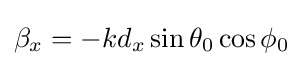
\beta _{x}=-kd_{x}\sin \theta _{0}\cos \phi _{0}